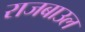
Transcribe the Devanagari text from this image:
राजबाउल